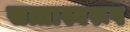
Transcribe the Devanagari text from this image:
सत्तास्वरूप